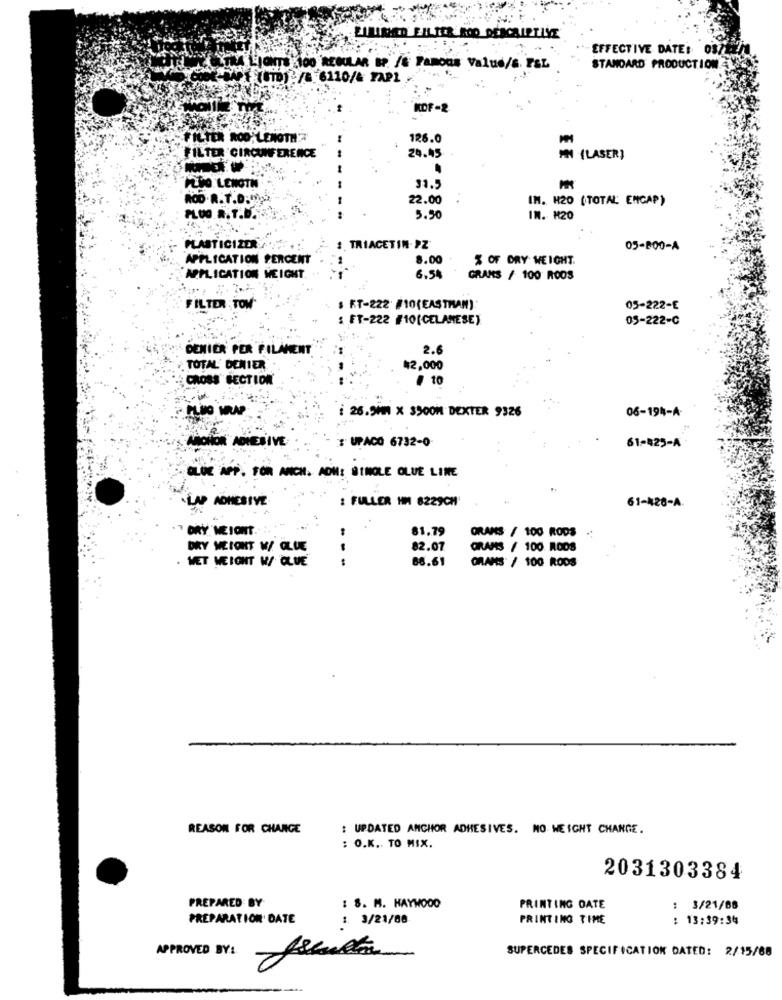
EFFECTIVE DATE:
ONTS -100 REGULAR BP. /& Famous Value/s. F&L
STANDARD PRODUCTION
(UD)-/-6110/& FAP1
KOF-2
FILTER ROO'LENGTH
126.0
FILTER CIRCUMFERENCE
20.45
MN (LASER)
PLNO LENGTH
31.5
ROD .R.T.D.M.
22.00
IM. H20 (TOTAL ENCAP)
PLUG R. T.D.
5.50
IN. #20
PLASTICIZER
2. TRIACETIN-PZ
05-800-A
APPLICATION PERCENT
8.00
% OF DRY WEIGHT.
APPLICATION WEIGHT.
6.54
GRANS / 100 ROOS
FILTER : TOM
FT-222 #10(EASTMAN)
05-222-E
: FT-222 #10(CELANESE)
05-222-C
DENIER PER FILAMENT
2.6
TOTAL' DENIER
42,000
CROSS SECTION
10
i 26.9MM X 3900H DEXTER 9326
06-194-A-
ANCHOR ADHESIVE
: UPACO 6732-0
61-425-A
GLUE APP. FOR ANCH. ADM: SINOLE OLUE LINE
LAP ADHESIVE
: FULLER HM 8229CH
61-428-A.
TORY MEIONT ...
81.79
ORANS / 100 RODS
DRY WESONT W/ GLUE
82.07
GRANS / 100 RODS
. WET WEIGHT W/ CLUE
---
88.61
ORANS / 100 RODS
REASON FOR CHANGE
: UPDATED ANCHOR ADHESIVES. NO WEIGHT CHANGE.
: O.K. TO MIX.
2031303384
PREPARED BY
: 8. M. HAYWOOD
PRINTING DATE
: 3/21/08
PREPARATION DATE
1. 3/21/08
PRINTING TIME
: 13:39:34
APPROVED BY:
SUPERCEDES SPECIFICATION DATED: 2/15/68